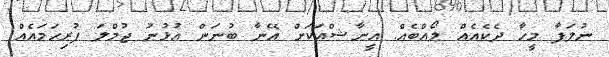
ނުލަފާ މީހާ ދެކެއެއް ލޯއްބެއް. އީނާޝްއަކަށް އޭނާ ބުނަން އުޅުނު ޖުމްލަ ފުރިހަމައެއް